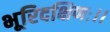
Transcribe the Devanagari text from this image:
भूरिदक्षिणः।।